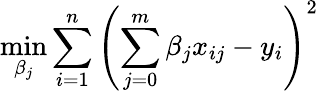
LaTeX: \operatorname*{min}_{\beta_{j}}\sum_{i=1}^{n}\left(\sum_{j=0}^{m}\beta_{j}x_{ij}-y_{i}\right)^{2}